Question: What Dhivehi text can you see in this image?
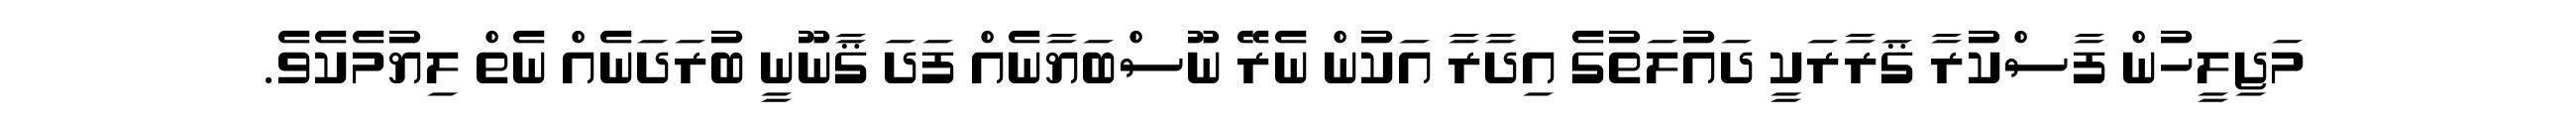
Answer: މަޖިލީހުން ފާސްކުރާ ޤަރާރަކީ ދައުލަތުގެ އިދާރާ އަކުން ނެރޭ ނޫސްބަޔާނެއް ފަދަ ޤާނޫނީ ބުރަދަނެއް ނެތް ލިޔުމެކެވެ.